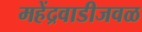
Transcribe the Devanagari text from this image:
महेंद्रवाडीजवळ